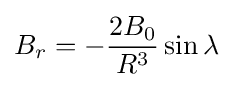
B_{r}=-{\frac {2B_{0}}{R^{3}}}\sin \lambda